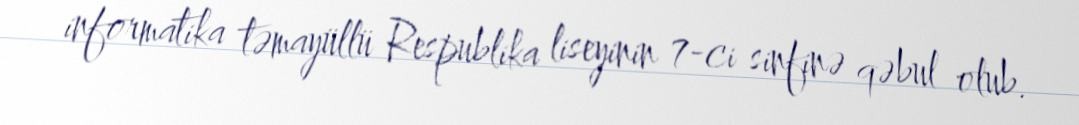
informatika təmayüllü Respublika liseyinin 7-ci sinfinə qəbul olub.